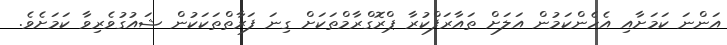
އަންނަ ކަމަށާއި އެހެންކަމުން އަލަށް ތައާރަފްކުރާ ޕްރޮގްރާމްތަކަށް ގިނަ ފަރާތްތަކަކުން ޝައުގުވެރިވާ ކަމަށެވެ.